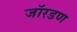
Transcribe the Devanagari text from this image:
जॉरडण